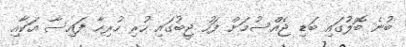
ބުނެ ބޮލުގައި ބަޑި ޖެއްސުމަށް ފަހު ޖީބުގައި ހުރި ހުރިހާ ފައިސާ އަކާއި